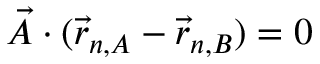
{ \vec { A } } \cdot ( { \vec { r } } _ { n , A } - { \vec { r } } _ { n , B } ) = 0